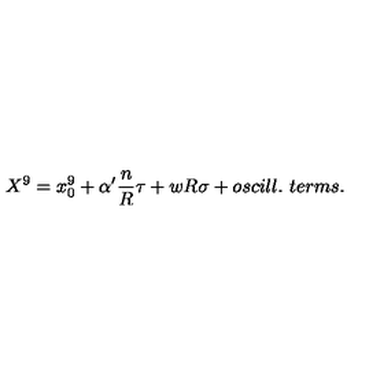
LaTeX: X ^ { 9 } = x _ { 0 } ^ { 9 } + \alpha ^ { \prime } { \frac { n } { R } } \tau + w R \sigma + o s c i l l . \ t e r m s .